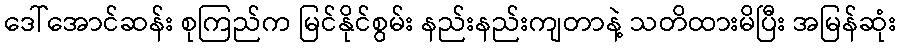
ဒေါ်အောင်ဆန်း စုကြည်က မြင်နိုင်စွမ်း နည်းနည်းကျတာနဲ့ သတိထားမိပြီး အမြန်ဆုံး